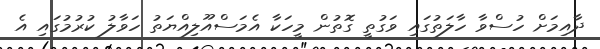
ދާއިމަށް ހުސްވާ ހާލަތުގައި ވަގުތީ ގޮތުން މީހަކާ އެމަސްއޫލިއްޔަތު ހަވާލު ކުރުމުގައި އެ